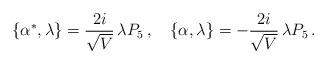
LaTeX: \begin{align*}\{\alpha^{*},\lambda\}=\frac{2i}{\sqrt{V}}\,\lambda P_{5}\,,\quad \{\alpha,\lambda\}=-\frac{2i}{\sqrt{V}}\,\lambda P_{5}\,.\end{align*}